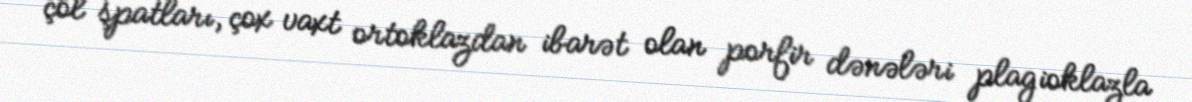
çöl şpatları, çox vaxt ortoklazdan ibarət olan porfir dənələri plagioklazla